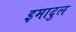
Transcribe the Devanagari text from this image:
इमादुल